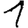
Digit: 1